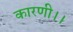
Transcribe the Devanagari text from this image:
कारणी।।